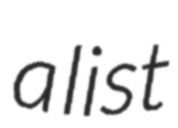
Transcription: a list